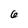
Character: 6